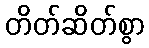
တိတ်ဆိတ်စွာ